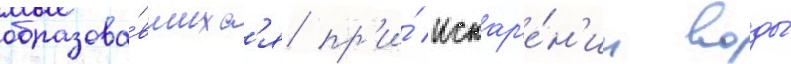
образова́вшихс'я пр'и́ испар'е́н'ии воды́